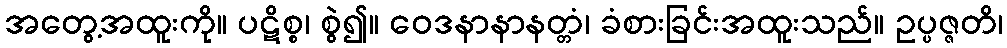
အတွေ့အထူးကို။ ပဋိစ္စ၊ စွဲ၍။ ဝေဒနာနာနတ္တံ၊ ခံစားခြင်းအထူးသည်။ ဥပ္ပဇ္ဇတိ၊